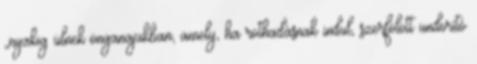
„nyakig ülnek önganajukban, amely, ha rothadásnak indul, szerfölött undorító